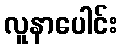
လူနာပေါင်း